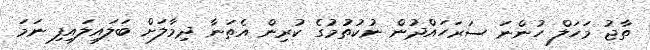
ތާޖު މަހަލް ހުންނަ ސަރަހައްދުން ނުކުތުމުގެ ކުރިން އެތަނާ ދިމާލަށް ބަލައިލައިފި ނަމަ